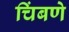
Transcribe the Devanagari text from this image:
चिंबणे